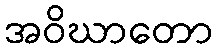
အဝိဃာတော